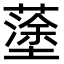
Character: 𡒎